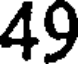
49